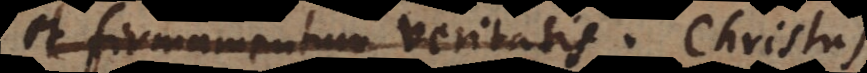
et firmamentum veritatis. 1.